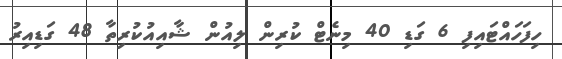
ހިފަހައްޓައިފި 6 ގަޑި 40 މިނެޓް ކުރިން ލިއުން ޝާއިއުކުރިތާ 48 ގަޑިއިރު